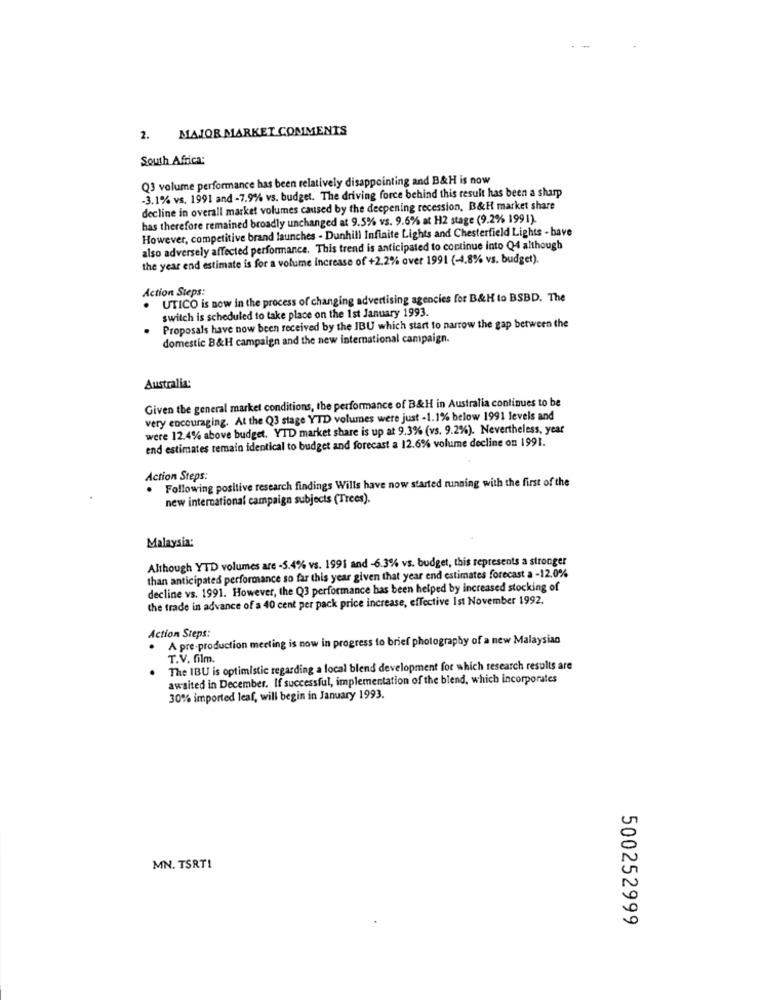
MAJOR MARKET COMMENTS
2.
South Africa:
Q3 volume performance has been relatively disappointing and B&H is now
-3.1% vs. 1991 and -7.9% vs. budget. The driving force behind this result has been a sharp
decline in overall market volumes caused by the deepening recession, B&H market share
has therefore remained broadly unchanged at 9.5% vs. 9.6% at H2 stage (9.2% 1991).
However, competitive brand launches - Dunhill Infinite Lights and Chesterfield Lights - have
also adversely affected performance. This trend is anticipated to continue into Q4 although
the year end estimate is for a volume Increase of +2.2% over 1991 (-4.8% vs. budget)
Action Steps:
UTICO is now in the process of changing advertising agencies for B&H to BSBD. The
switch is scheduled to take place on the 1st January 1993.
Proposals have now been received by the IBU which start to narrow the gap between the
domestic B&H campaign and the new international campaign.
Australia:
Given the general market conditions, the performance of B&H in Australia continues to be
very encouraging. At the Q3 stage YTD volumes were just -1.1% below 1991 levels and
were 12.4% above budget. YTD market share is up at 9.3% (vs. 9.2%). Nevertheless, year
end estimates temain identical to budget and forecast a 12.6% volume decline on 1991.
Action Steps:
Following positive research findings Wills have now started running with the first of the
new international campaign subjects (Trees).
Malaysia:
Although YTD volumes are -5.4% vs. 1991 and -6.3% vs. budget, this represents a stronger
than anticipated performance so far this year given that year end estimates forecast a -12.0%
decline vs. 1991. However, the Q3 performance has been helped by increased stocking of
the trade in advance of a 40 cent per pack price increase, effective Ist November 1992.
Action Steps:
A pre-production meeting is now in progress to brief photography of a new Malaysian
T.V. film.
The IBU is optimistic regarding a local blend development for which research results are
awaited in December. If successful, implementation of the blend, which incorporates
30% imported leaf, will begin in January 1993.
MN. TSRTI
500252999